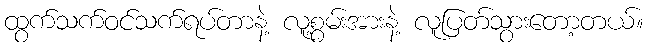
ထွက်သက်ဝင်သက်ရပ်တာနဲ့ လူ့စွမ်းအားနဲ့ လူပြတ်သွားတော့တယ်။